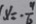
x = - \frac { 9 } { 6 }